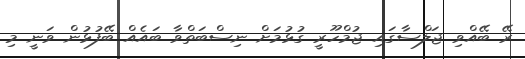
ރޭ ބޭއްވި ޖަލްސާގައި ޖުމްހޫރީ ގުޅުމަށް ނިސްބަތްވާ ބައެއް ބޭފުޅުން ވަނީ މި